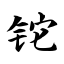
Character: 铊